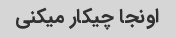
اونجا چیکار میکنی